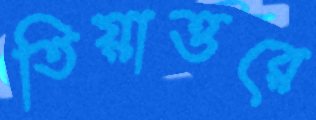
তিয়াত্তরে